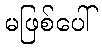
မဖြစ်ပေါ်